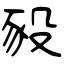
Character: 豛